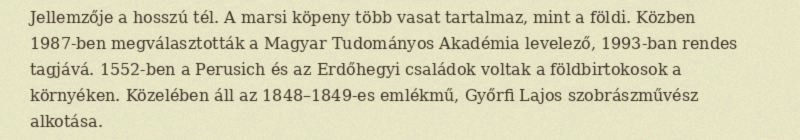
Jellemzője a hosszú tél. A marsi köpeny több vasat tartalmaz, mint a földi. Közben 1987-ben megválasztották a Magyar Tudományos Akadémia levelező, 1993-ban rendes tagjává. 1552-ben a Perusich és az Erdőhegyi családok voltak a földbirtokosok a környéken. Közelében áll az 1848–1849-es emlékmű, Győrfi Lajos szobrászművész alkotása.